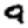
Digit: 9